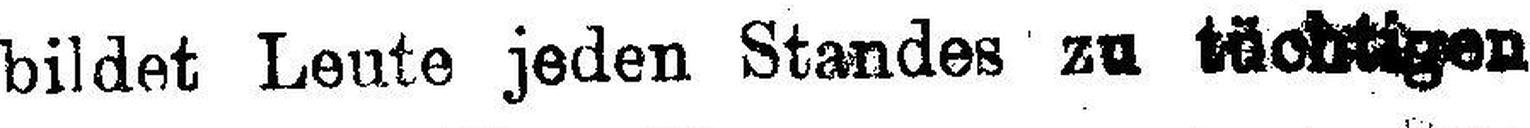
bildet Leute jeden Standes zu tächtigen